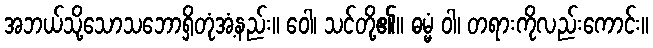
အဘယ်သို့သောသဘောရှိတုံအံ့နည်း။ ဝေါ၊ သင်တို့၏။ ဓမ္မံ ဝါ၊ တရားကိုလည်းကောင်း။